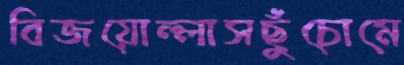
বিজয়োল্লাসছুঁচোমে